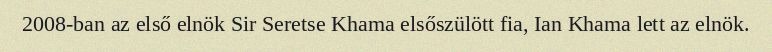
2008-ban az első elnök Sir Seretse Khama elsőszülött fia, Ian Khama lett az elnök.